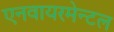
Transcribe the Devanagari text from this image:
एनवायरमेन्टल